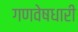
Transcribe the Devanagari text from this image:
गणवेषधारी